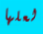
لعلها